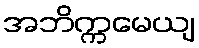
အဘိက္ကမေယျ